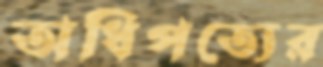
অধিপত্যের